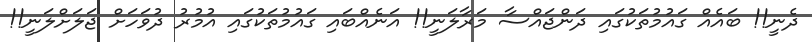
ދެނީ!! ބައެއް ގައުމުތަކުގައި ދަންޖައްސާ މަރާލަނީ!! އަނެއްބައި ގައުމުތަކުގައި އުމުރު ދުވަހަށް ޖަލަށްލަނީ!!